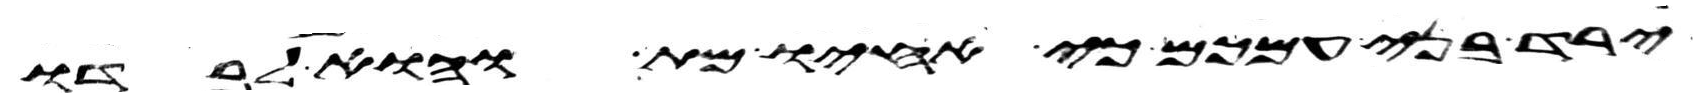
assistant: ירד בני עמכם כי אחיו מת והוא לבדו